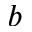
b